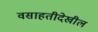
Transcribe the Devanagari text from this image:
वसाहतीदेखील